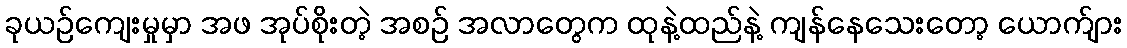
ခုယဉ်ကျေးမှုမှာ အဖ အုပ်စိုးတဲ့ အစဉ် အလာတွေက ထုနဲ့ထည်နဲ့ ကျန်နေသေးတော့ ယောက်ျား